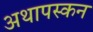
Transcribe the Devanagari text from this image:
अथापस्कन